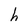
Character: h